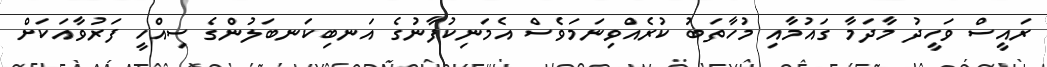
ރައީސް ވަހީދު މާދަމާ ގައުމާއި މުހާތަބު ކުރެއްވިނަމަވެސް އެމަނިކުފާނުގެ އަނބިކަނބަލުންގެ ސިއްހީ ފަރުވާއަކަށް